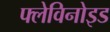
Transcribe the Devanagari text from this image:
फ्लेविनोइड